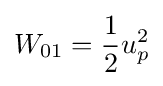
W_{01}={\frac {1}{2}}u_{p}^{2}